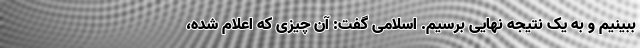
ببینیم و به یک نتیجه نهایی برسیم. اسلامی گفت: آن چیزی که اعلام شده،